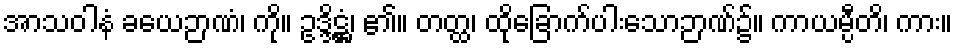
အာသဝါနံ ခယေဉာဏံ၊ ကို။ ဥဒ္ဒိဋ္ဌံ၊ ၏။ တတ္ထ၊ ထိုခြောက်ပါးသောဉာဏ်၌။ ကာယမ္ပီတိ၊ ကား။